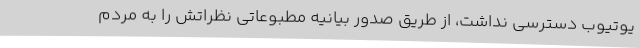
یوتیوب دسترسی نداشت، از طریق صدور بیانیه مطبوعاتی نظراتش را به مردم